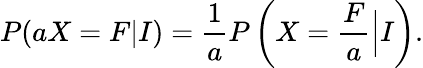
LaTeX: P(aX=F|I)=\frac{1}{a}P\left(X=\frac{F}{a}\Big|I\right).